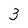
Character: 3